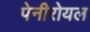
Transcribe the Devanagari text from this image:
पेनीरोयल